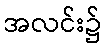
အလင်း၌